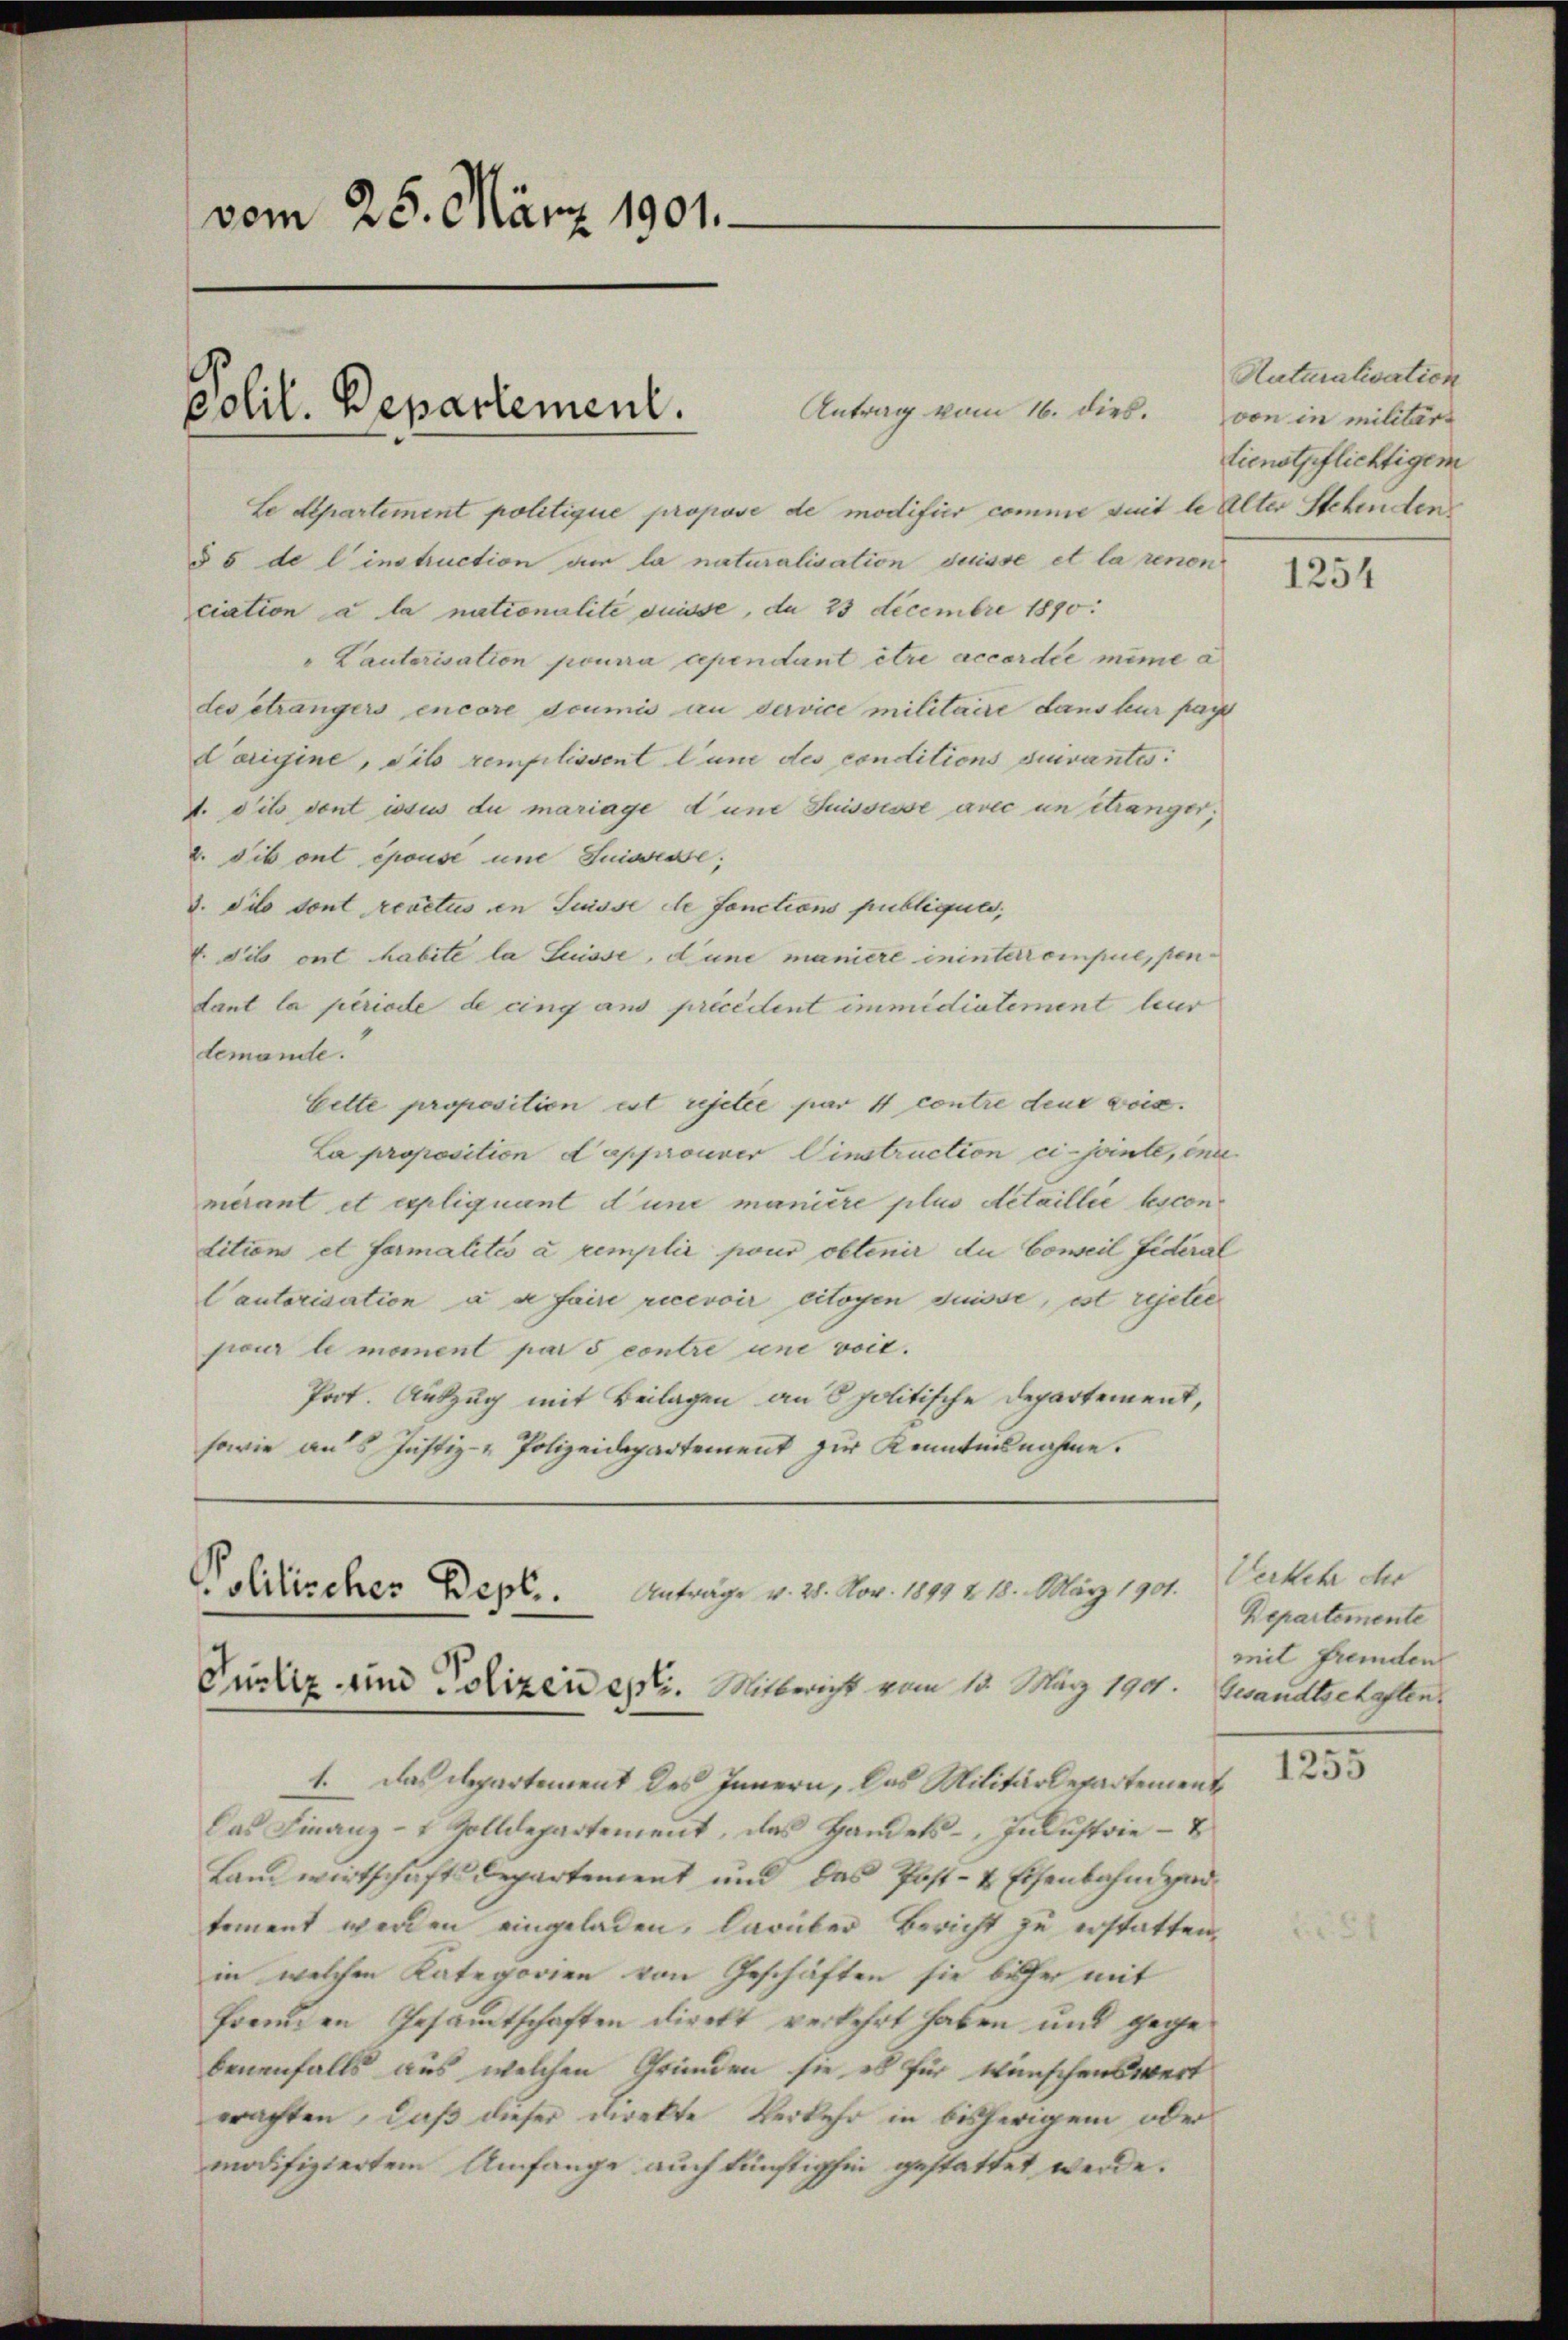
vom 25. März 1901.
Polil. Departement.

Le Separtement politique propose de modifier comme suit le Alter Stehenden
§ 5 de l’instruction der la naturalisation suisse et la renon
ciation a la nationalité duisse, da 23 Decembre 1890.
"Cautorisation pourra cependant être accordée même a
des étrangers encore dcumis an dervice militaire dans leur paye
Carigine, si remplissent Cune des conditions suivantes:
1. dits dont issus du mariage d’une Suissesse avec un étranger;
2. Sib ont épouse und Suissesse,
3. Silo sont reactus ein Suisse de fonctions publiques,
Edits ont habite la Suisse, d’une maniere ininterrompue, pentant la periode de cing ans précédent immidiatement leur
demande.
Cette proposition est rejetée par 4 contre dene Leis
La proposition Lapprouver Einstruction ci-jointe, ei
merant et expliquant d’une manière plus detaillie bescon
dition et formalités a remplir pour obtenir du Coweil Fideral
Cautorisation a a faire recevoir citoyen Suisse, est rejetec
jour le moment par s contre une voit.
Prot. Auszug mit Beilagen an Opolitische Departement,
sowie aus Justiz- & Polizeidepartement zur Kenntnisnahme.

Antrag vom 16. dies.

Politisches Depl.. Anträge v. 21. Nov. 1891 & 18. März 1901.
Pustiz- und Polizen er. Mitbericht vom 13. März 1901. Zwandtschaften,

1. Das Departement des Innern, das Militärdepartement
Das Finanz-4 Zolldepartement, das Handels- Industrie-B
Landwirtschaft departement und das Post- & Eisenbahn ged
toment werden eingeladen, darüber Bericht zu erstatten.
in welchen Kategorien von Geschäften sie beher mit
fremden Gesandtschaften direkt verkehrt haben und gegebenenfalls aus, welchen Gründen sie es für wünschenswert
erachten, daß dieser Direkte Verkehr in bisherigem oder
modifiziertem Umfange auch künftighin gestattet werde.

Ruturalisation
von in militär
tienstpflichtigem

1254

Werkehr der
Departemente
mit Fremden

1255